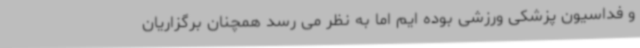
و فداسیون پزشکی ورزشی بوده ایم اما به نظر می رسد همچنان برگزاریان